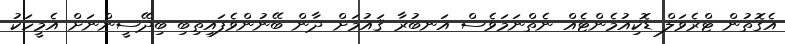
އެގޮތުން ޓްރެވަލް ޑޮކިއުމެންޓެއް ނެތްނަމަވެސް އަނބުރާ ޤައުމަށް ދާން ބޭނުންވެފައިތިބި ބިދޭސީންނަށް އެމީހަކު